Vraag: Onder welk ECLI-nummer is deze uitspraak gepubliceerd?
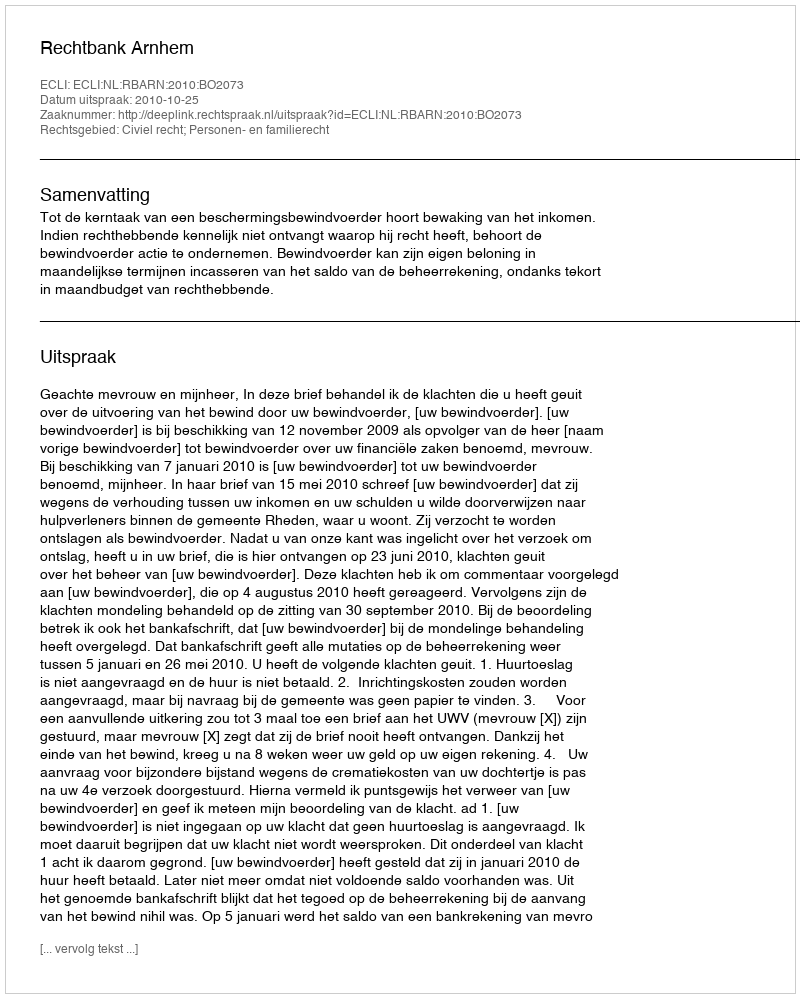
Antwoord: ECLI:NL:RBARN:2010:BO2073